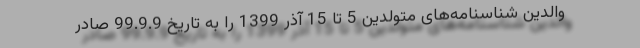
والدین شناسنامه‌های متولدین 5 تا 15 آذر 1399 را به تاریخ 99.9.9 صادر